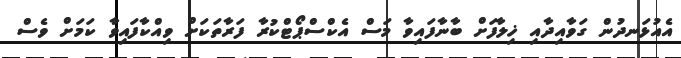
އެއުޅަނދުން ގަވާއިދާއި ޚިލާފަށް ބާނާފައިވާ މަސް އެކްސްޕޯޓްކުރާ ފަރާތަކަށް ވިއްކާފައިވާ ކަމަށް ވެސް